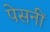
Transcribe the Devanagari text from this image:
पेसनीं